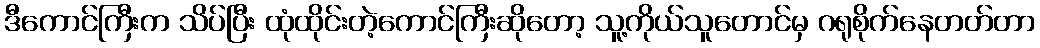
ဒီကောင်ကြီးက သိပ်ပြီး ထုံထိုင်းတဲ့ကောင်ကြီးဆိုတော့ သူ့ကိုယ်သူတောင်မှ ဂရုစိုက်နေတတ်တာ